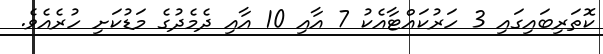
ކޮތަރިބައިގައި 3 ހަރުކައްޓާއެކު 7 އާއި 10 އާއި ދެމެދުގެ މަޑުކަށި ހުރެއެވެ.